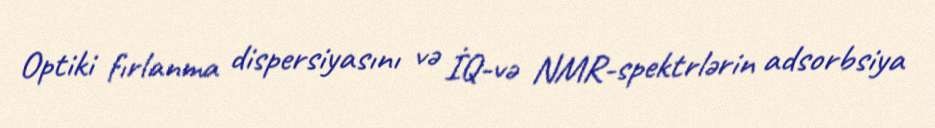
Optiki fırlanma dispersiyasını və İQ-və NMR-spektrlərin adsorbsiya